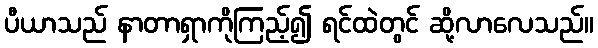
ပီယာသည် နာတာရှာကိုကြည့်၍ ရင်ထဲတွင် ဆို့လာလေသည်။